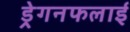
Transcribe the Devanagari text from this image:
ड्रेगनफलाई